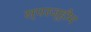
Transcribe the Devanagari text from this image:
स्परज्हीम